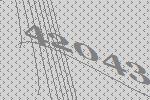
42043